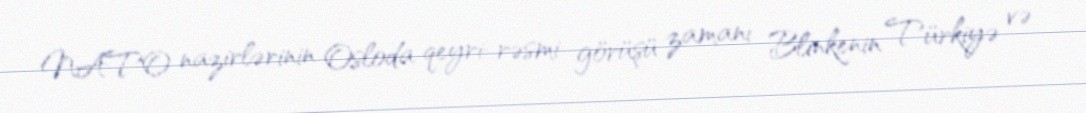
NATO nazirlərinin Osloda qeyri-rəsmi görüşü zamanı Blinkenin Türkiyə və